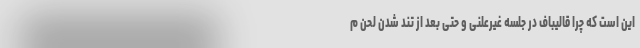
این است که چرا قالیباف در جلسه غیرعلنی و حتی بعد از تند شدن لحن م